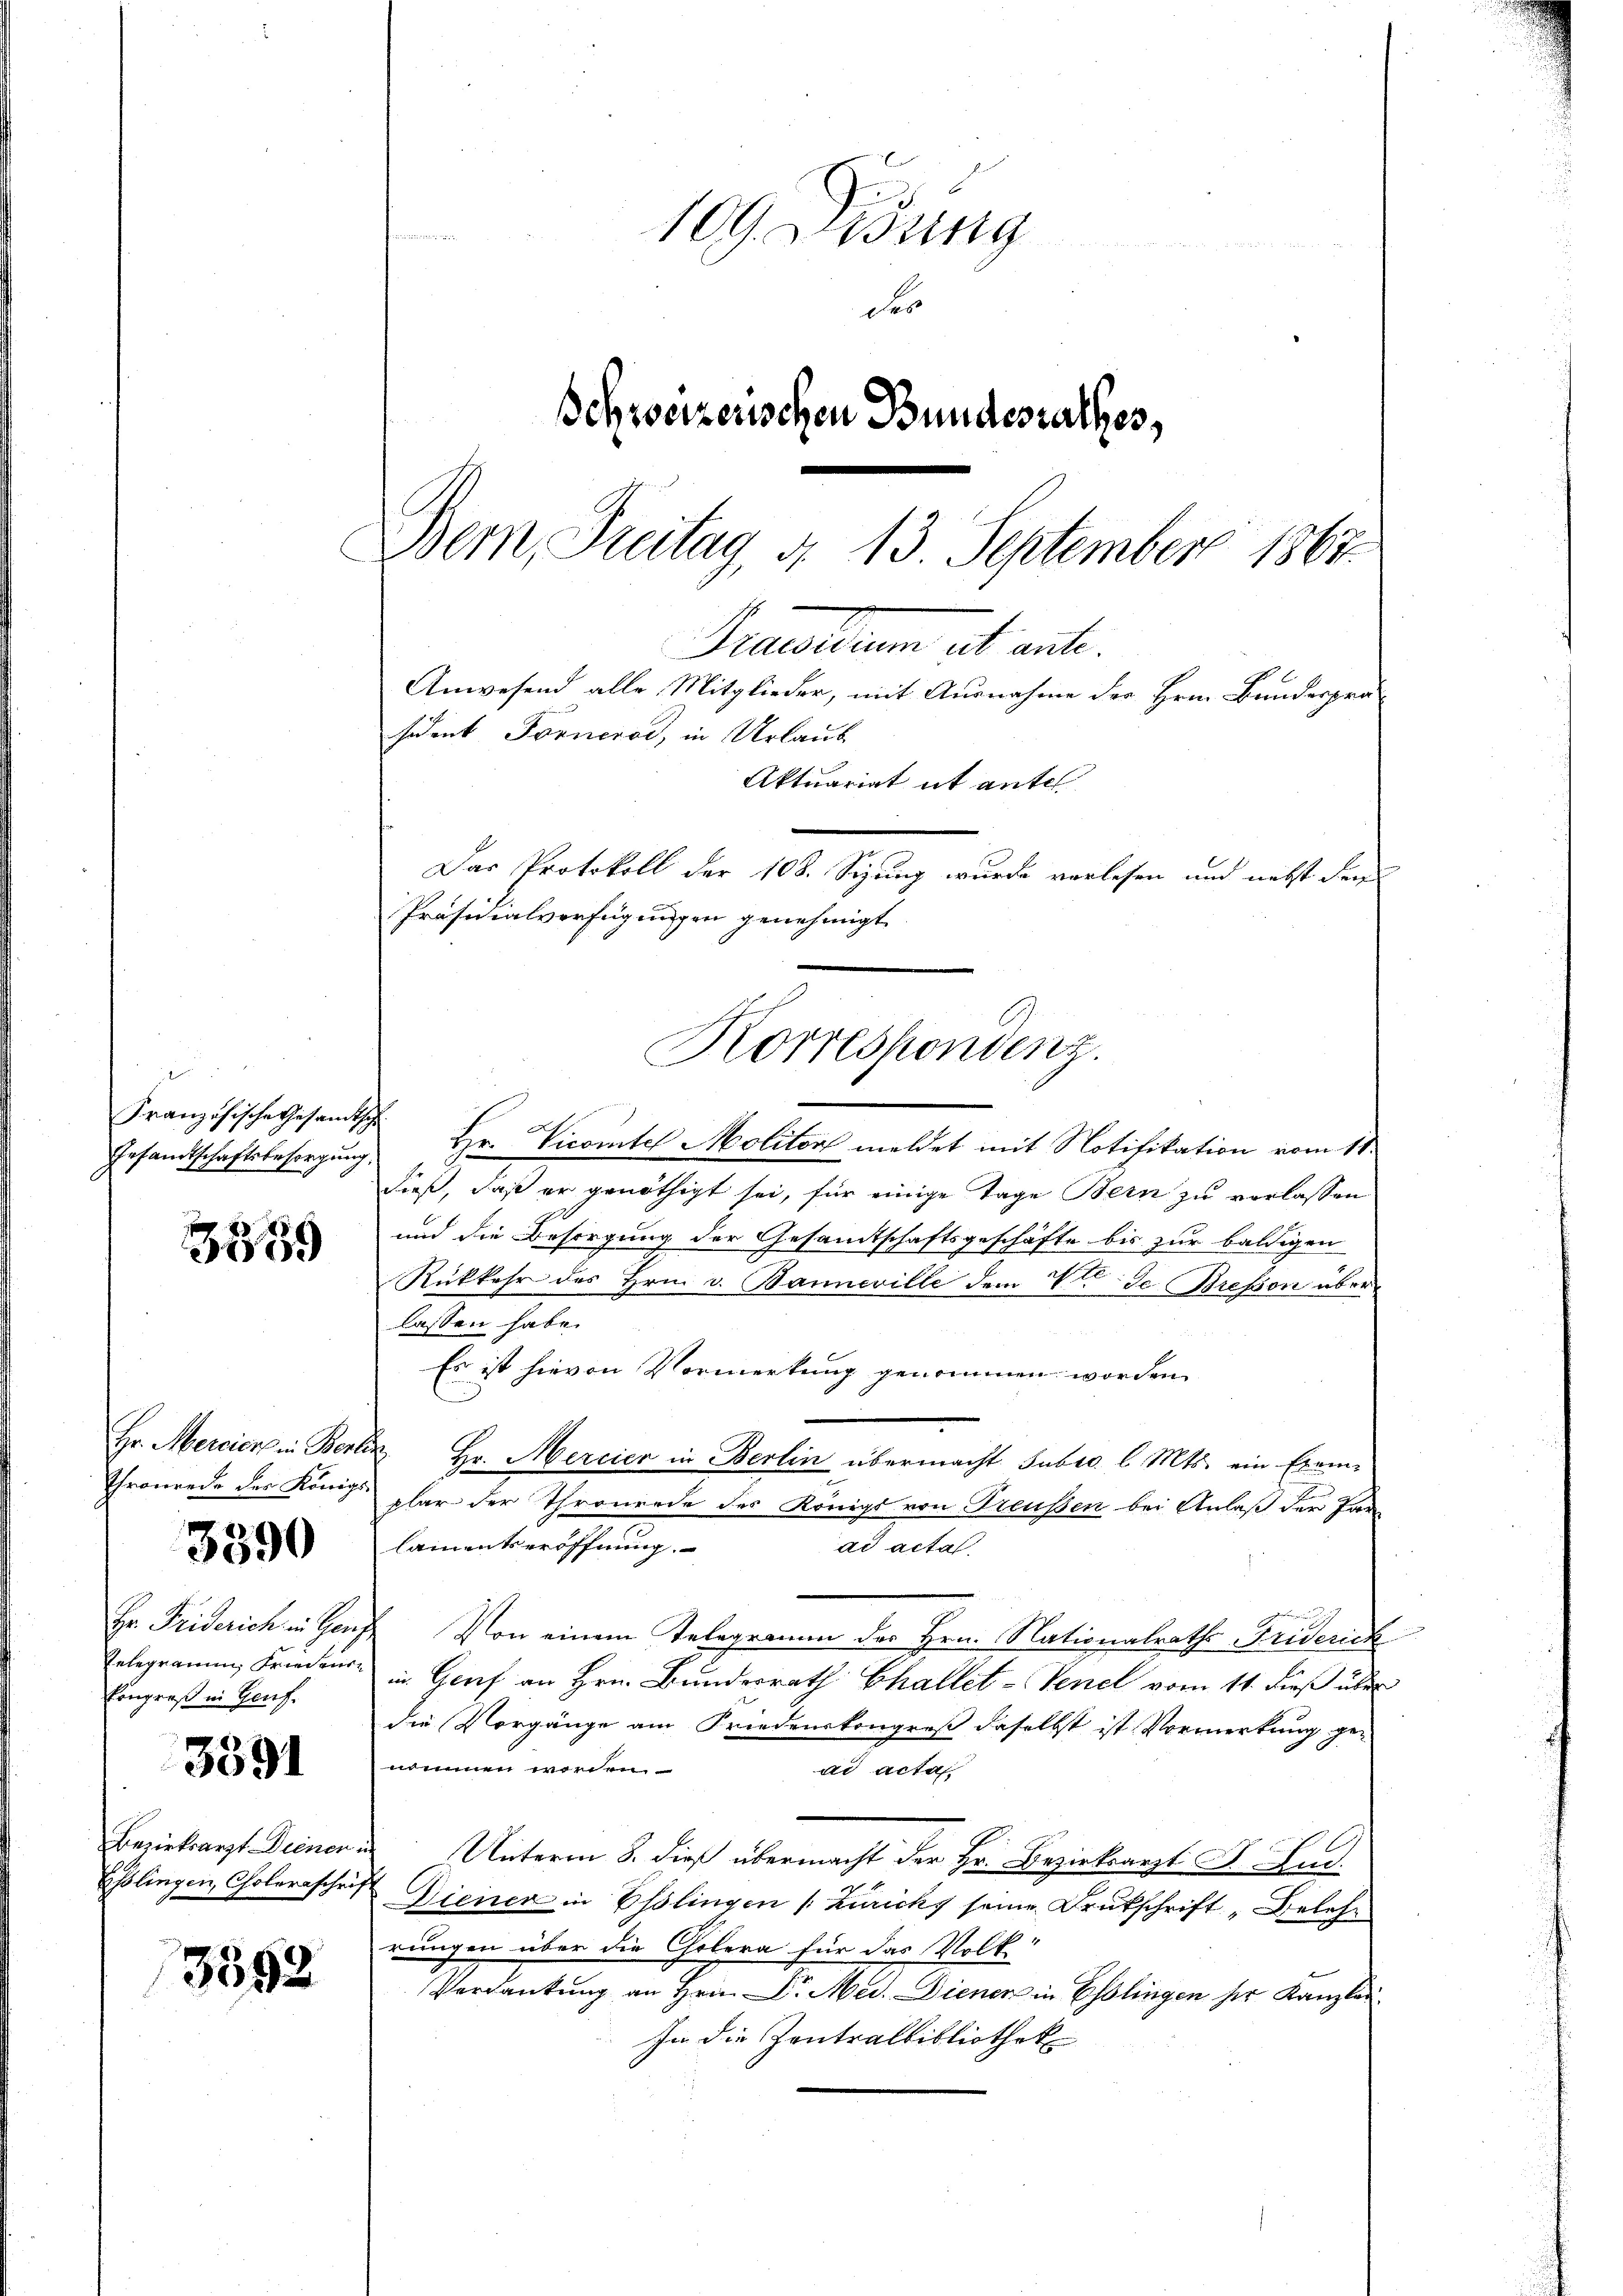
Französische Gesamt
Gesandtschaftsbesorgung.

3559

Thronende der Königl.

3390

Hr. Friderich in Gen.
Relegramm, Friedurkongreß in Genf.

3391

3552

109. Disung
der
Schweizerischen Bundesrathes,
Bem, Treitag, d. 13. September 1865.

Gracollum et eit.
sident Forneros, in Urlaub
Aktuariat it antel
Das Protokoll der 108. Sizung wurde verlesen und nebst dem
Präsidialverfügungen genehmigt
Korrespondenz.

Anwesend alle Mitglieder, mit Ausnahme der Hrn. Bundesprä¬

De Vicantel Molitor meldet mit Notifikation vom 11.
dieß, daß er genöthigt sei, für einige Tage Bern zu verlassen
und die Besorgung der Gesamtschaftsgeschäfte bis zur baldigen
Rükkehr des Hrn. v. Banneville dem V. Je Brefson über
lassen habe.
Es ist hievon Vormerkung genommen worden.
Hr. Mercier in Berlin Hr. Mercier in Berlin übermacht subro l. Mts. ein Exemplar der Thronerde des Königs von Treußen bei Anlaß der Par
lamentseröffnung.
ad acta
2 Von einem Telegramm des Hrn. Nationalraths Friderich
" in Graf an Hrn. Bundesrath Challet-Venel vom 14. dieß über
die Vorgänge am Friedenskongreß daselbst ist Vormerkung genommen werden.
ad acta
Bezirksarzt Deinen in Unterm 8. dieß übermacht der Hr. Bezirksarzt F. Lud¬
Esslingen, Cholerrschrift Diener in Esslingen (Zürichs seine Drukschrift „Belehr
rungen über die Cholera für das Volk
Verdankung an Hrn. Dr. Med. Diener in Esslingen ser Kanzlei.
In die Zentralbibliothek